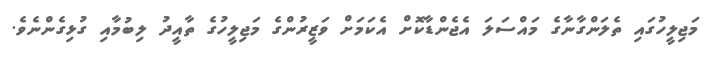
މަޖިލީހުގައި ތެލަންގާނާގެ މައްސަލަ އެޖެންޑާކޮށް އެކަމަށް ވަޒީރުންގެ މަޖިލީހުގެ ތާއީދު ލިބުމާއި ގުޅިގެންނެވެ.